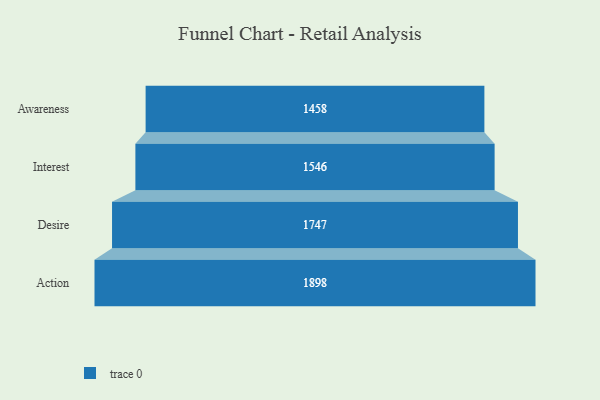
{"axis": {"x": "Stage", "y": "Value"}, "legend": [""], "data": [{"x": "Awareness", "y": 1458.0, "type": ""}, {"x": "Interest", "y": 1546.0, "type": ""}, {"x": "Desire", "y": 1747.0, "type": ""}, {"x": "Action", "y": 1898.0, "type": ""}]}